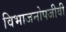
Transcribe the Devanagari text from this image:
विभाजनोपजीवी